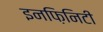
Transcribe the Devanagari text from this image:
इनफ़िनिटी